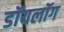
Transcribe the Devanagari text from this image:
डॉयलॉग